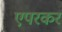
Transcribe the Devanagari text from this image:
एपरकर